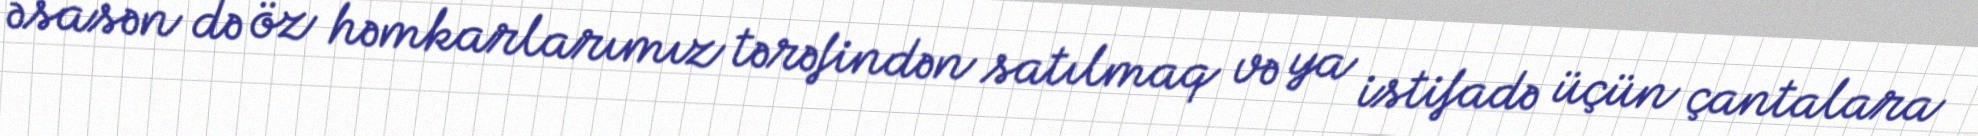
əsasən də öz həmkarlarımız tərəfindən satılmaq və ya istifadə üçün çantalara